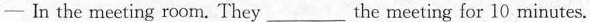
- In the meeting room. They___the meeting for 10 minutes.